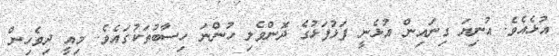
އުޅެއެވެ. އުނިޔަ ގިނައިން އުޅެނީ ފަޅުފަޅުގެ ދޮންވެލި ހުންނަ ހިސާބުތަކުގައެވެ. މިއީ ދިވެހިން